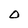
Character: O